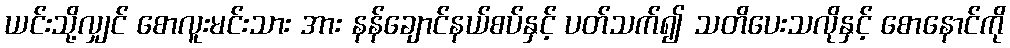
ယင်းသို့လျှင် စောလူးမင်းသား အား နန်ချောင်နယ်စပ်နှင့် ပတ်သက်၍ သတိပေးသလိုနှင့် စောနောင်ကို